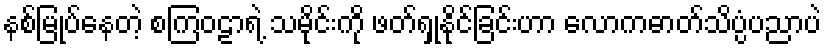
နစ်မြုပ်နေတဲ့ စကြဝဠာရဲ့ သမိုင်းကို ဖတ်ရှုနိုင်ခြင်းဟာ လောကဓာတ်သိပ္ပံပညာပဲ